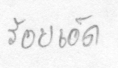
ร้อยเอ็ด